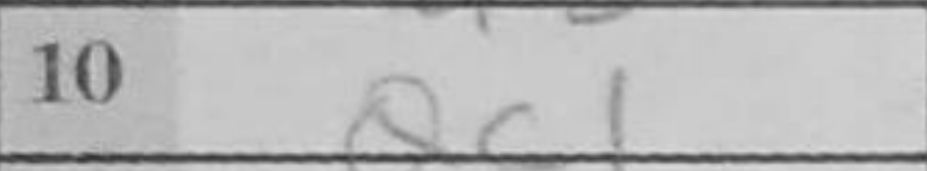
Transcription: Qc1